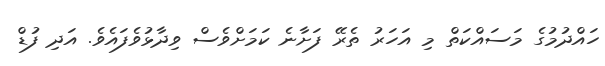
ހައްދުމުގެ މަސައްކަތް މި އަހަރު ތެރޭ ފަށާނެ ކަމަށްވެސް ވިިދާޅުވެފައެވެ. އަދި ފުޑް